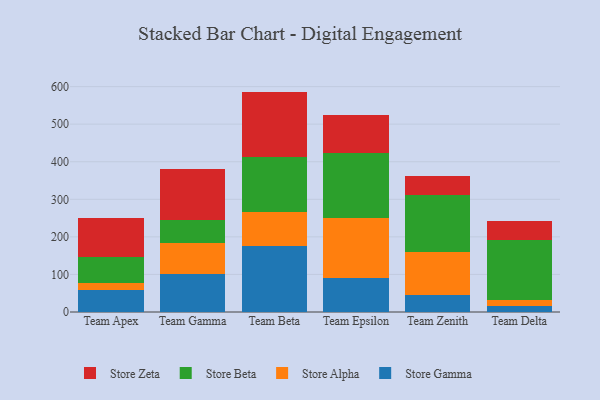
{"axis": {"x": "Team", "y": "Humidity (%)"}, "legend": ["Store Alpha", "Store Beta", "Store Gamma", "Store Zeta"], "data": [{"x": "Team Apex", "y": 59.0, "type": "Store Gamma"}, {"x": "Team Apex", "y": 17.7, "type": "Store Alpha"}, {"x": "Team Apex", "y": 68.8, "type": "Store Beta"}, {"x": "Team Apex", "y": 105.8, "type": "Store Zeta"}, {"x": "Team Gamma", "y": 102.3, "type": "Store Gamma"}, {"x": "Team Gamma", "y": 81.1, "type": "Store Alpha"}, {"x": "Team Gamma", "y": 62.4, "type": "Store Beta"}, {"x": "Team Gamma", "y": 134.2, "type": "Store Zeta"}, {"x": "Team Beta", "y": 176.5, "type": "Store Gamma"}, {"x": "Team Beta", "y": 89.1, "type": "Store Alpha"}, {"x": "Team Beta", "y": 147.6, "type": "Store Beta"}, {"x": "Team Beta", "y": 173.5, "type": "Store Zeta"}, {"x": "Team Epsilon", "y": 91.2, "type": "Store Gamma"}, {"x": "Team Epsilon", "y": 159.6, "type": "Store Alpha"}, {"x": "Team Epsilon", "y": 171.4, "type": "Store Beta"}, {"x": "Team Epsilon", "y": 102.5, "type": "Store Zeta"}, {"x": "Team Zenith", "y": 46.5, "type": "Store Gamma"}, {"x": "Team Zenith", "y": 114.5, "type": "Store Alpha"}, {"x": "Team Zenith", "y": 149.3, "type": "Store Beta"}, {"x": "Team Zenith", "y": 51.0, "type": "Store Zeta"}, {"x": "Team Delta", "y": 16.3, "type": "Store Gamma"}, {"x": "Team Delta", "y": 14.8, "type": "Store Alpha"}, {"x": "Team Delta", "y": 161.3, "type": "Store Beta"}, {"x": "Team Delta", "y": 50.5, "type": "Store Zeta"}]}